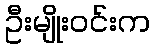
ဦးမျိုးဝင်းက